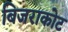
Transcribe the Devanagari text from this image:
बिजराकोट